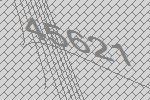
45621